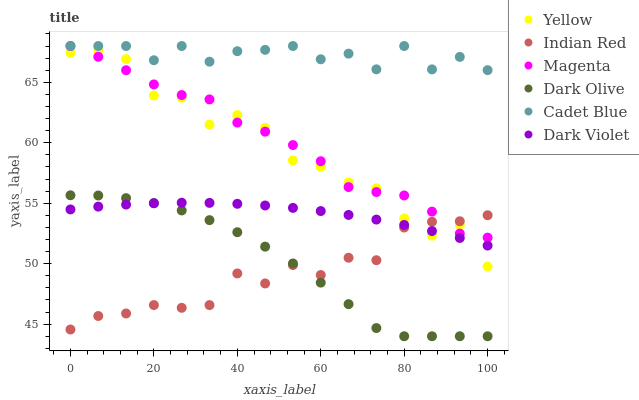
| xaxis_label | Yellow | Indian Red | Magenta | Dark Olive | Cadet Blue | Dark Violet |
 | --- | --- | --- | --- | --- | --- | --- |
 | 0 | 67.4 | 44.6 | 68 | 55.7 | 68 | 54.5 |
 | 6.67 | 67.6 | 45.7 | 67.1 | 55.6 | 68 | 54.7 |
 | 13.3 | 66.9 | 45.9 | 66 | 55.4 | 68 | 54.9 |
 | 20 | 63.9 | 46.6 | 64.8 | 55 | 66.8 | 55 |
 | 26.7 | 63.7 | 46.4 | 63.9 | 54.4 | 68 | 55 |
 | 33.3 | 61.5 | 46.6 | 63.6 | 53.6 | 66.7 | 55 |
 | 40 | 62.3 | 49.2 | 61.7 | 52.6 | 67.6 | 55 |
 | 46.7 | 61.2 | 48.4 | 60.9 | 51.4 | 67.7 | 54.8 |
 | 53.3 | 58.5 | 49.9 | 59.8 | 50 | 68 | 54.6 |
 | 60 | 58 | 49.1 | 58.5 | 48.4 | 66.9 | 54.4 |
 | 66.7 | 56.7 | 50.5 | 56.3 | 46.7 | 67.4 | 54 |
 | 73.3 | 56.2 | 50.3 | 55.9 | 44.7 | 66.1 | 53.6 |
 | 80 | 53.7 | 53 | 55.6 | 44 | 68 | 53.2 |
 | 86.7 | 52.3 | 53.5 | 54.3 | 44 | 66.1 | 52.7 |
 | 93.3 | 53.2 | 53.5 | 52.5 | 44 | 67.1 | 52.1 |
 | 100 | 49.8 | 54 | 52.2 | 44 | 66 | 51.5 |